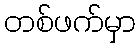
တစ်ဖက်မှာ